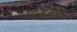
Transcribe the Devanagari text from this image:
ग्रांटचा